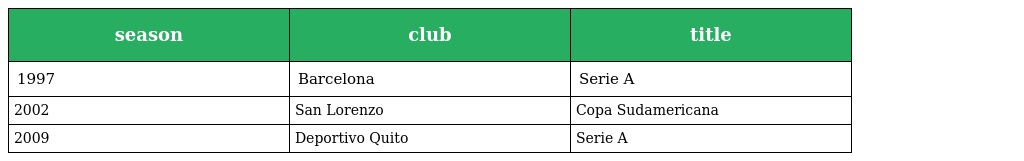
| season | club | title |
 | --- | --- | --- |
 | 1997 | Barcelona | Serie A |
 | 2002 | San Lorenzo | Copa Sudamericana |
 | 2009 | Deportivo Quito | Serie A |